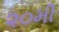
૨૦મી